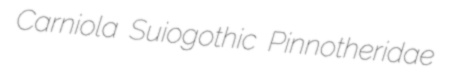
Carniola Suiogothic Pinnotheridae